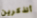
أتذكرين